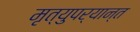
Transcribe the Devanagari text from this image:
मृत्युपर्यान्त